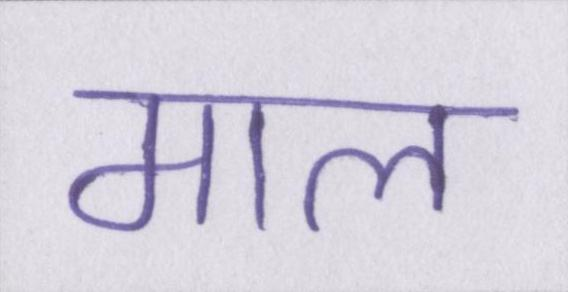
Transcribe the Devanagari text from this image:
माल